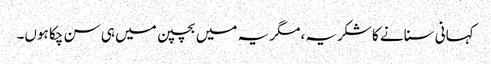
کہانی سنانے کا شکریہ، مگر یہ میں بچپن میں ہی سن چکا ہوں۔